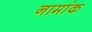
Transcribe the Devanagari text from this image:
नामांक